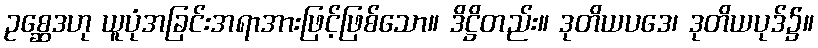
ဥစ္ဆေဒဟု ယူပုံအခြင်းအရာအားဖြင့်ဖြစ်သော။ ဒိဋ္ဌိတည်း။ ဒုတိယပဒေ၊ ဒုတိယပုဒ်၌။